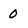
Character: 0